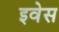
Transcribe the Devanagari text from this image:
इवेस